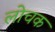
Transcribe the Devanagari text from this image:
लोचक